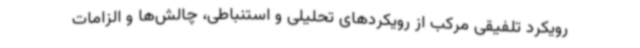
رویکرد تلفیقی مرکب از رویکردهای تحلیلی و استنباطی، چالش‌ها و الزامات